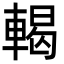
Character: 輵